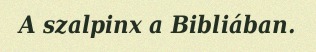
A szalpinx a Bibliában.